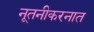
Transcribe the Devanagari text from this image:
नूतनीकरनात